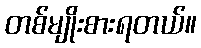
တစ်မျိုးစားရတယ်။